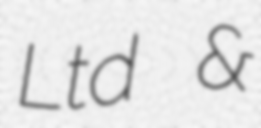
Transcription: Ltd &